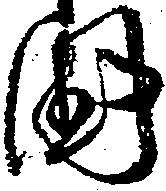
国